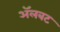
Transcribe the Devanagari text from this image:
अॅलबट